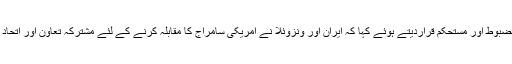
ونزوئلا کے صدر نیکلس میدورو نے اس گفتگو میں ایران اور ونزوئلا کے باہمی تعلقات کو مضبوط اور مستحکم قراردیتے ہوئے کہا کہ ایران اور ونزوئلا نے امریکی سامراج کا مقابلہ کرنے کے لئے مشترکہ تعاون اور اتحاد کا مظاہرہ کیا ہے اور دونوں ممالک امریکہ کی ظالمانہ پالیسیوں کا ڈٹ کا مقابلہ کررہے ہیں۔